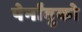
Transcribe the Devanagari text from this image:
पेर्नांबुको